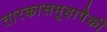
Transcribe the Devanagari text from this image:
तारकासमूहापैकी